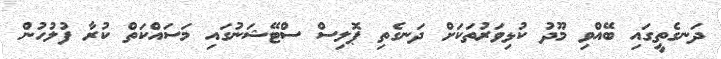
ދަނގެތީގައި ބޭއްވި މޫދު ކުޅިވަރުތަކަށް ދަނގެތި ޕޮލިސް ސްޓޭޝަނުގައި މަސައްކަތް ކުރާ ފުލުހުން